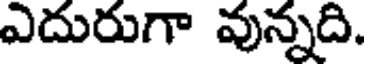
ఎదురుగా వున్నది.